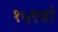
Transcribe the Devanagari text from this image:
१५९वां